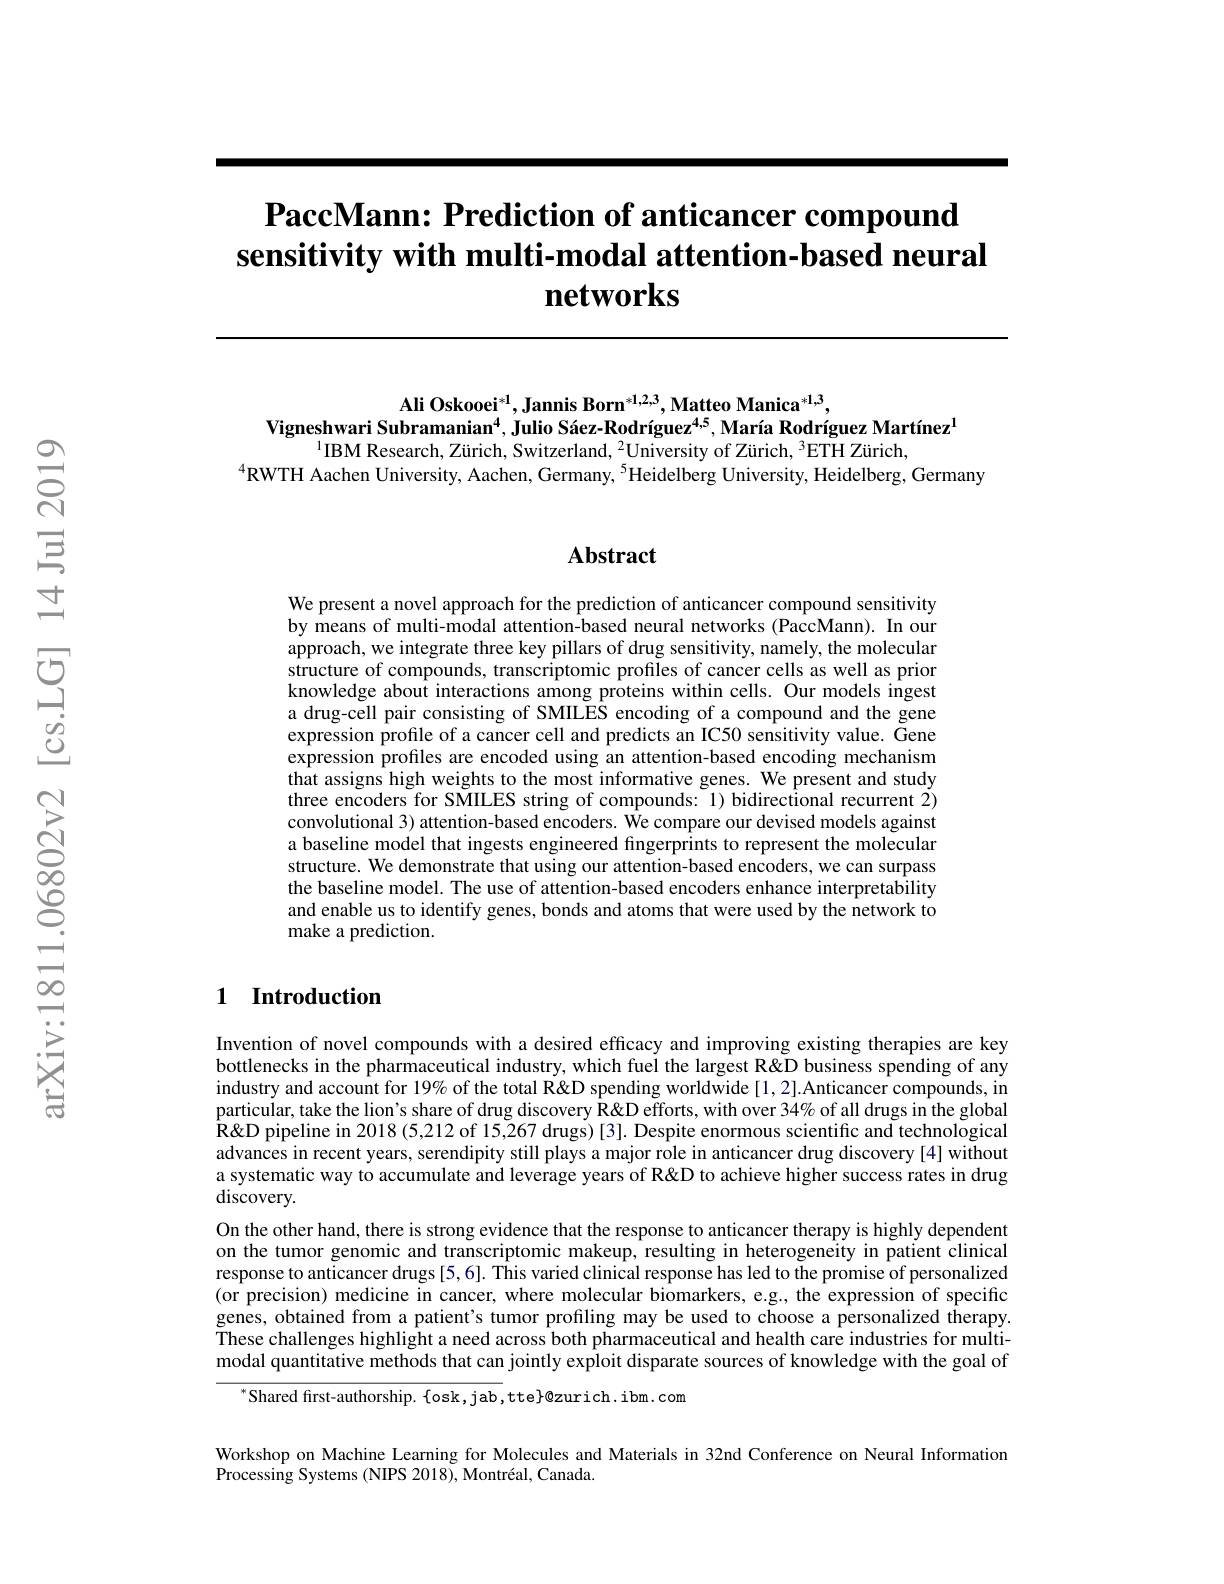
# $\textbf{PaccMann: Prediction of anticancer compound}$ sensitivity with multi-modal attention-based neural $\textbf{networks}$

$\mathbf{Ali~Oskooei}^{*1},\mathbf{Jannis~Born}^{*1,2,3},\mathbf{Matteo~Manica}^{*1,3}$,
Vigneshwari Subramanian$^{4}$, Julio Sáez-Rodríguez$^{4,5}$, María Rodríguez Martínez$^{1}$
$^{1}$IBM Research, Zürich, Switzerland, $^2$University of Zürich, $^3$ETH Zürich,
$^{4}$RWTH Aachen University, Aachen, Germany, $^{5}$Heidelberg University, Heidelberg, Germany

### $\mathbf{Abstract}$

We present a novel approach for the prediction of anticancer compound sensitivity by means of multi-modal attention-based neural networks (PaccMann). In our approach, we integrate three key pillars of drug sensitivity, namely, the molecular structure of compounds, transcriptomic profiles of cancer cells as well as prior knowledge about interactions among proteins within cells. Our models ingest a drug-cell pair consisting of SMILES encoding of a compound and the gene expression profile of a cancer cell and predicts an IC50 sensitivity value. Gene expression profiles are encoded using an attention-based encoding mechanism $\hat{\text{that assigns high weights to the most informative genes. We present and study}}$ three encoders for SMILES string of compounds: 1) bidirectional recurrent $\dot{2})$ convolutional 3) attention-based encoders. We compare our devised models against a baseline model that ingests engineered fingerprints to represent the molecular structure. We demonstrate that using our attention-based encoders, we can surpass the baseline model. The use of attention-based encoders enhance interpretability and enable us to identify genes, bonds and atoms that were used by the network to make a prediction.

## 1 Introduction

Invention of novel compounds with a desired efficacy and improving existing therapies are key bottlenecks in the pharmaceutical industry, which fuel the largest R&D business spending of any industry and account for 19% of the total R&D spending worldwide [1,2].Anticancer compounds, in particular, take the lion's share of drug discovery R'' efforts, with over 34% of all drugs in the global R'e pipeline in 2018 (5,212 of 15,267 drugs) [3]. Despite enormous scientific and technological advances in recent years, serendipity still plays a major role in anticancer drug discovery [4] without a systematic way to accumulate and leverage years of R&D to achieve higher success rates in drug discovery.
On the other hand, there is strong evidence that the response to anticancer therapy is highly dependent on the tumor genomic and transcriptomic makeup, resulting in heterogeneity in patient clinical response to anticancer drugs [5,6]. This varied clinical response has led to the promise of personalized (or precision) medicine in cancer, where molecular biomarkers, e.g., the expression of specific genes, obtained from a patient's tumor profiling may be used to choose a personalized therapy. $\tilde{\text{These challenges highlight a need across both pharmaceutical and health care industries for multi-}}$ modal quantitative methods that can jointly exploit disparate sources of knowledge with the goal of

$^{*}$Shared first-authorship. $\{$osk,jab,tte$\}$@zurich.ibm.com

Workshop on Machine Learning for Molecules and Materials in 32nd Conference on Neural Information
Processing Systems (NIPS 2018), Montréal, Canada.